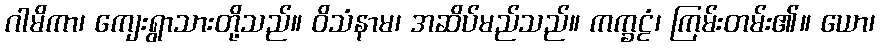
ဂါမိကာ၊ ကျေးရွာသားတို့သည်။ ဝိသံနာမ၊ အဆိပ်မည်သည်။ ကက္ခဠံ၊ ကြမ်းတမ်း၏။ ယော၊